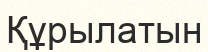
Құрылатын